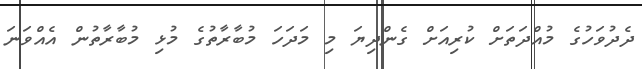
ދެދުވަހުގެ މުއްދަތަށް ކުރިއަށް ގެންދިޔަ މި މަދަހަ މުބާރާތުގެ މުޅި މުބާރާތުން އެއްވަނަ